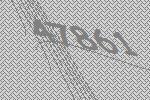
47861